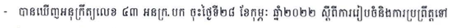
- បានឃើញអនុក្រឹត្យលេខ ៤៣ អនក្រ.បក ចុះថ្ងៃទី២៨ ខែកុម្ភៈ ឆ្នាំ២០២២ ស្តីពីការរៀបចំនិងការប្រព្រឺត្តទៅ